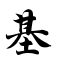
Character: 基